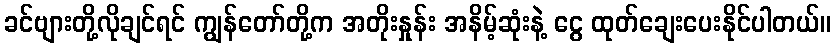
ခင်ဗျားတို့လိုချင်ရင် ကျွန်တော်တို့က အတိုးနှုန်း အနိမ့်ဆုံးနဲ့ ငွေ ထုတ်ချေးပေးနိုင်ပါတယ်။